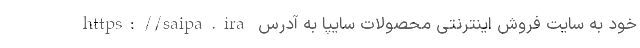
خود به سايت فروش اینترنتی محصولات سایپا به آدرس https://saipa.ira